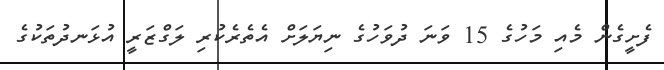
ފެށީގެން މެއި މަހުގެ 15 ވަނަ ދުވަހުގެ ނިޔަލަށް އެތެރެކުރި ލަގްޒަރީ އުޅަނދުތަކުގެ